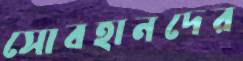
সোবহানদের